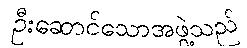
ဦးဆောင်သောအဖွဲ့သည်